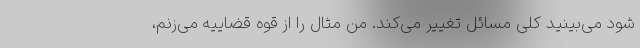
شود می‌بینید کلی مسائل تغییر می‌کند. من مثال را از قوه قضاییه می‌زنم،